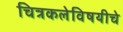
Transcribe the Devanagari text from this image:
चित्रकलेविषयीचे